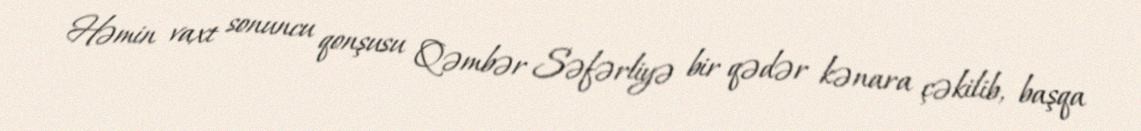
Həmin vaxt sonuncu qonşusu Qəmbər Səfərliyə bir qədər kənara çəkilib, başqa